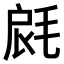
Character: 𣭺